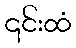
၎င်းထံ